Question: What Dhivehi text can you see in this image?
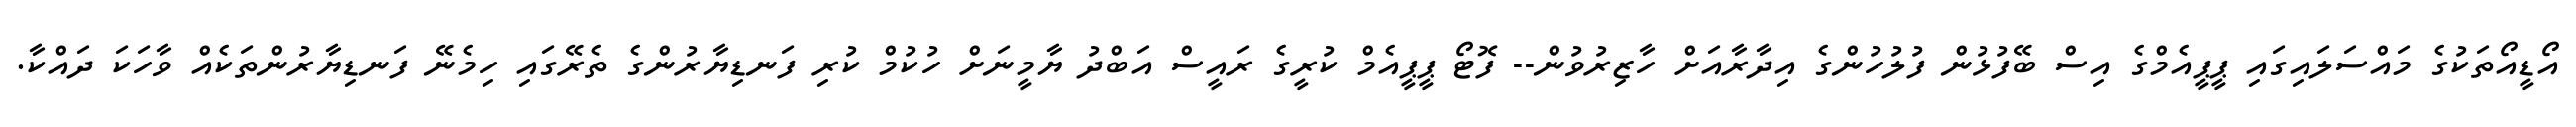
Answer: އޯޑީއޯތަކުގެ މައްސަލައިގައި ޕީޕީއެމްގެ އިސް ބޭފުޅުން ފުލުހުންގެ އިދާރާއަށް ހާޒިރުވުން-- ފޮޓޯ ޕީޕީއެމް ކުރީގެ ރައީސް އަބްދު ޔާމީނަށް ހުކުމް ކުރި ފަނޑިޔާރުންގެ ތެރޭގައި ހިމެނޭ ފަނޑިޔާރުންތަކެއް ވާހަކަ ދައްކާ.